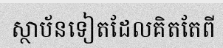
ស្ថាប័នទៀតដែលគិតតែពី